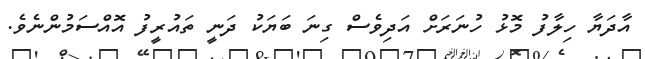
އާދަޔާ ހިލާފު މޮޅު ހުނަރަށް އަދިވެސް ގިނަ ބަޔަކު ދަނީ ތައުރީފު އޮއްސަމުންނެވެ.